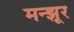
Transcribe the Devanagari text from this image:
मन्झूर